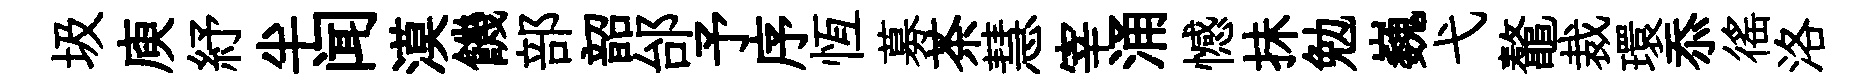
圾庾紓半闻漠饑部韶邰予序恆募茶慧宰涌憾抺勉巍弋鼇裁環忝徭洛